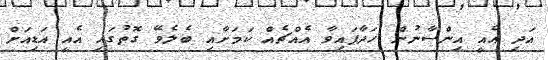
އަދި އެއީ އިންސާނުން ހަދާފައިވާ އެއްޗެއް ކަމަށާއި ބެލެވޭ ގޮތުގައި އެއީ އަޑިއަށް